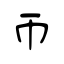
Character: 帀